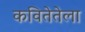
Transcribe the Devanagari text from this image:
कवितेतेला